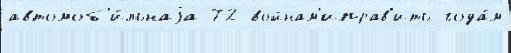
автомоб'и́льнаjа 72 войнам'иправ'ить года́м